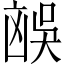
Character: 𪞻